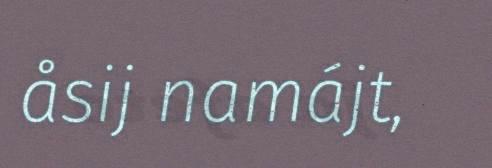
åsij namájt,